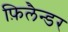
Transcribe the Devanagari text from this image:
फ़िलैन्डर